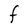
Character: F